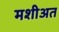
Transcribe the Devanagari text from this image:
मशीअत